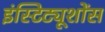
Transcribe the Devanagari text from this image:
इंस्टिट्यूशोंस